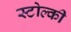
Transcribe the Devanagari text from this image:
स्टोल्की